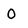
Character: 0